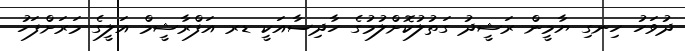
ދުވަހު ހިނގި ޔާމީން ރަޝީދު ގަތުލުކޮށްލުމުގެ ހާދިސާއަކީ ޑރ އަފްރާޝީމް އަލީގެ މަރަށްފަހު